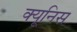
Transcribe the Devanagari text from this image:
क्यूनिस